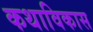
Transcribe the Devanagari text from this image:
कथाविकास